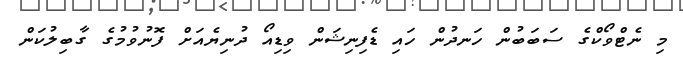
މި ނެޓްވޯކްގެ ސަބަބުން ހަނދުން ހައި ޑެފިނިޝަން ވިޑިއޯ ދުނިޔެއަށް ފޮނުވުމުގެ ގާބިލުކަން